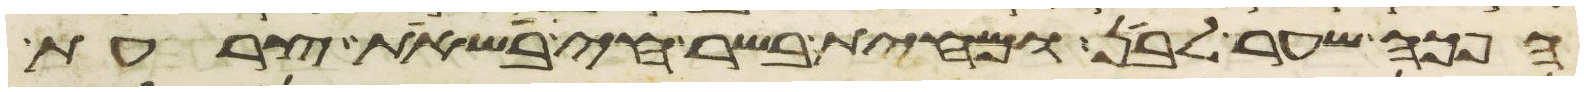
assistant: הפך שער לבן ומחית בשר חי בשאת צרעת